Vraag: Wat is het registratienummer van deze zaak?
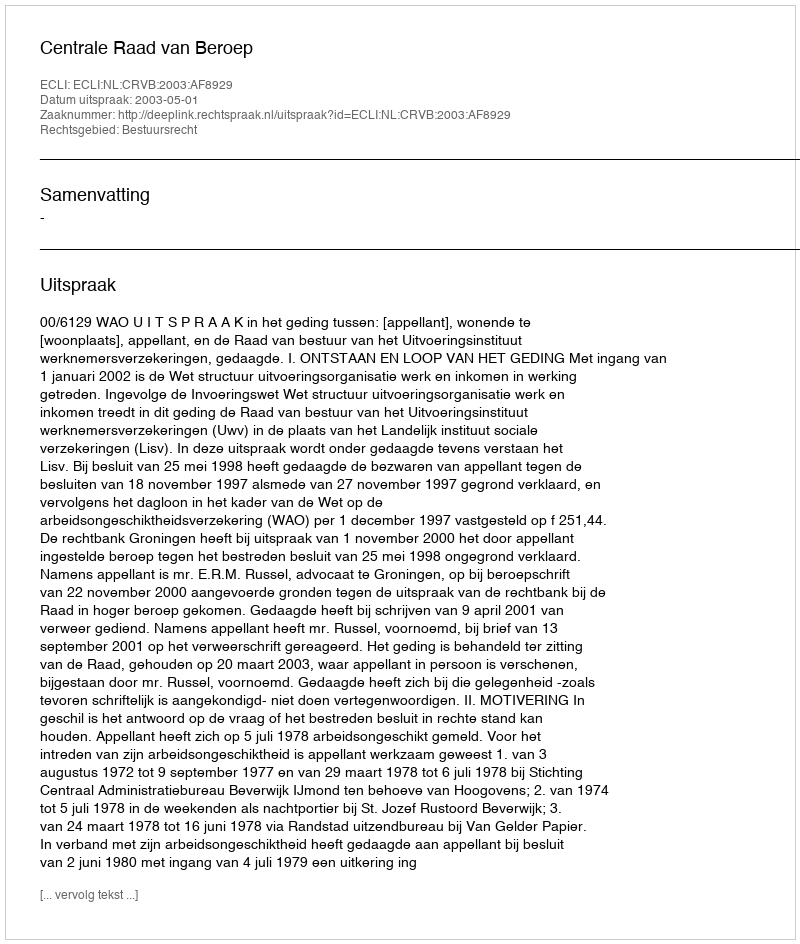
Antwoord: http://deeplink.rechtspraak.nl/uitspraak?id=ECLI:NL:CRVB:2003:AF8929